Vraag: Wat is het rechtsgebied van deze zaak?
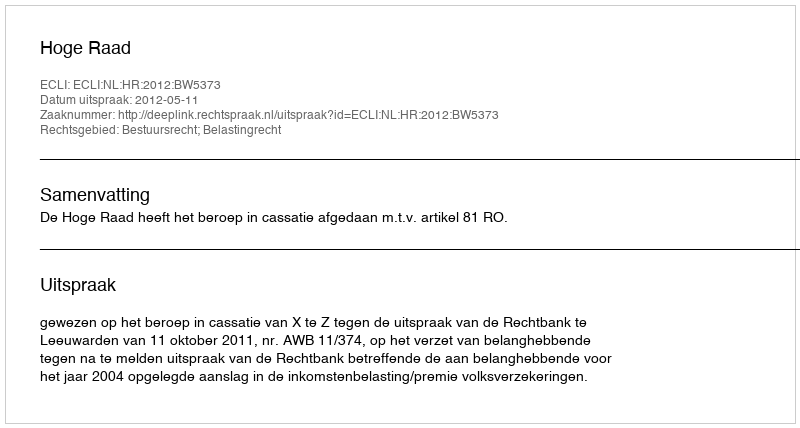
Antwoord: Bestuursrecht; Belastingrecht